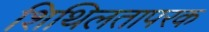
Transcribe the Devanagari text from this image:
शिथिलतापरक